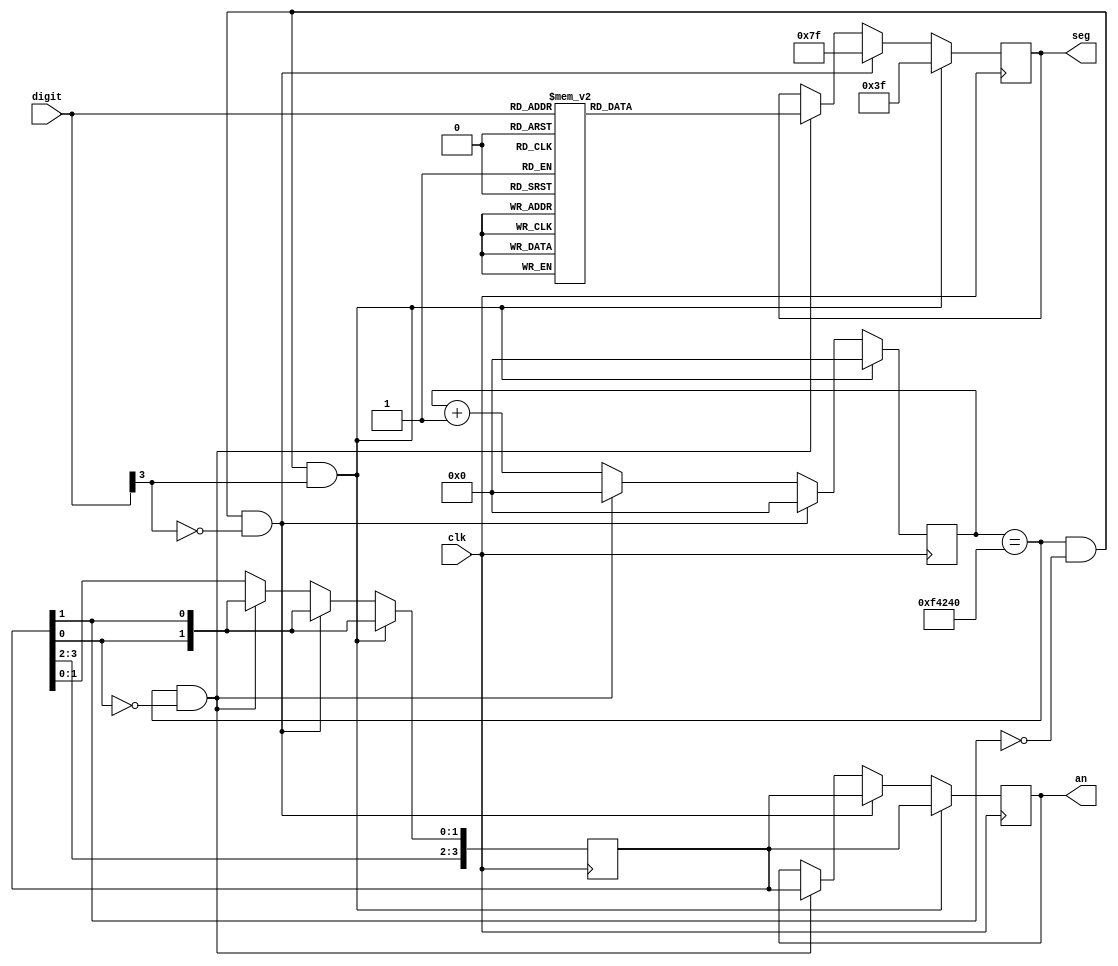
`timescale 1ns/1ps
module disp(input clk, input [3:0] digit, output reg [6:0] seg, output reg [3:0] an);
     parameter cntmax=32'd1000000;
     reg [31:0] cnt;
     reg [3:0] ann=4'b1101;
     always @ (posedge clk)
        if ((cnt==cntmax) & (ann[1]==0) & digit[3]==1)
        begin
            an<=ann;
            cnt<=0;
            seg<=7'b0111111;
            ann<={ann[3], ann[2], ann[0], ann[1]};
            an<=ann;
        end
        else if ((cnt==cntmax) & (ann[1]==0) & digit[3]==0)   
        begin
            cnt<=0;
            seg<=7'b1111111;
            ann<={ann[3], ann[2], ann[0], ann[1]};
            an<=ann;          
        end
        else if ((cnt==cntmax) & (ann[0]==0))
        begin
            an<=ann;
            cnt<=0;
            case (digit)
              7'b0000: seg=7'b1000000; //0
              7'b0001: seg=7'b1111001; //1   
              7'b0010: seg=7'b0100100; //2
              7'b0011: seg=7'b0110000; //3
              7'b0100: seg=7'b0011001; //4      
              7'b0101: seg=7'b0010010; //5
              7'b0110: seg=7'b0000010; //6
              7'b0111: seg=7'b1111000; //7     
              7'b1000: seg=7'b0000000; //-8
              7'b1001: seg=7'b1111000; //-7
              7'b1010: seg=7'b0000010; //-6      
              7'b1011: seg=7'b0010010; //-5
              7'b1100: seg=7'b0011001; //-4
              7'b1101: seg=7'b0110000; //-3      
              7'b1110: seg=7'b0100100; //-2
              7'b1111: seg=7'b1111001; //-1
           endcase
            ann<={ann[3], ann[2], ann[0], ann[1]};
            an<=ann;
        end  
        else cnt<=cnt+1; 
 endmodule